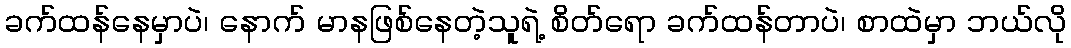
ခက်ထန်နေမှာပဲ၊ နောက် မာနဖြစ်နေတဲ့သူရဲ့ စိတ်ရော ခက်ထန်တာပဲ၊ စာထဲမှာ ဘယ်လို